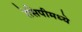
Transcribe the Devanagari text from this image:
रेसिपीमध्ये